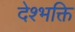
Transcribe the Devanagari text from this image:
देश्भक्ति